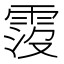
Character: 𩃁